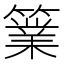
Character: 𥴼